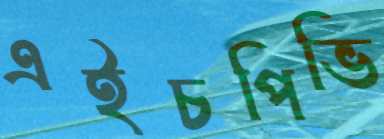
এইচপিভি